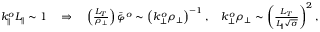
\begin{array} { r } { k _ { \parallel } ^ { o } L _ { \parallel } \sim 1 \quad \Rightarrow \quad \left( \frac { L _ { T } } { \rho _ { \perp } } \right) \bar { \varphi } ^ { o } \sim \left( k _ { \perp } ^ { o } \rho _ { \perp } \right) ^ { - 1 } , \quad k _ { \perp } ^ { o } \rho _ { \perp } \sim \left( \frac { L _ { T } } { L _ { \parallel } \sqrt { \sigma } } \right) ^ { 2 } , } \end{array}